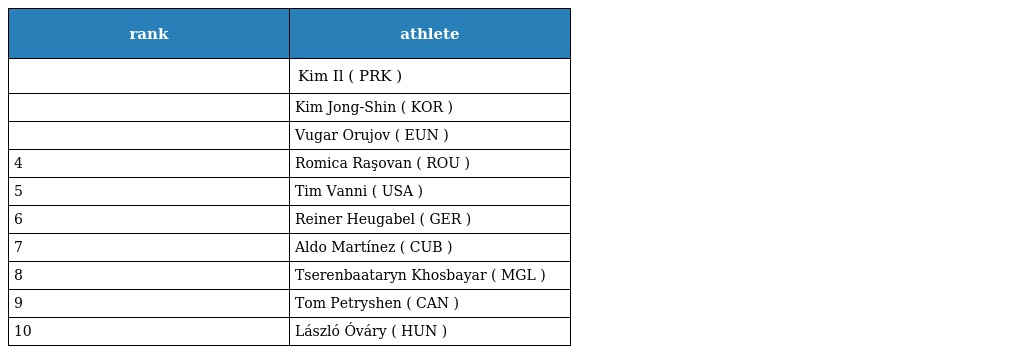
| rank | athlete |
 | --- | --- |
 |  | Kim Il ( PRK ) |
 |  | Kim Jong-Shin ( KOR ) |
 |  | Vugar Orujov ( EUN ) |
 | 4 | Romica Raşovan ( ROU ) |
 | 5 | Tim Vanni ( USA ) |
 | 6 | Reiner Heugabel ( GER ) |
 | 7 | Aldo Martínez ( CUB ) |
 | 8 | Tserenbaataryn Khosbayar ( MGL ) |
 | 9 | Tom Petryshen ( CAN ) |
 | 10 | László Óváry ( HUN ) |